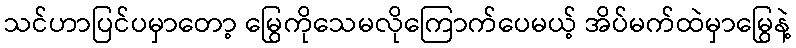
သင်ဟာပြင်ပမှာတော့ မြွေကိုသေမလိုကြောက်ပေမယ့် အိပ်မက်ထဲမှာမြွေနဲ့